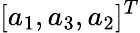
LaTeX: [a_{1},a_{3},a_{2}]^{T}